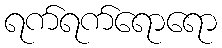
ရက်ရက်ရောရော